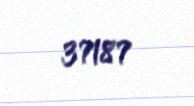
37187